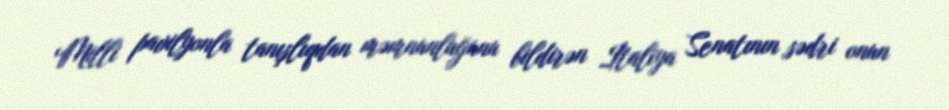
Milli pavilyonla tanışlıqdan məmnunluğunu bildirən İtaliya Senatının sədri onun